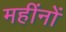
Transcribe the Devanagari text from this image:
महींनों